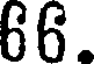
66.